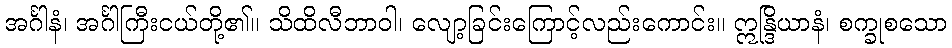
အင်္ဂါနံ၊ အင်္ဂါကြီးငယ်တို့၏။ သိထိလီဘာဝါ၊ လျော့ခြင်းကြောင့်လည်းကောင်း။ ဣန္ဒြိယာနံ၊ စက္ခုစသော